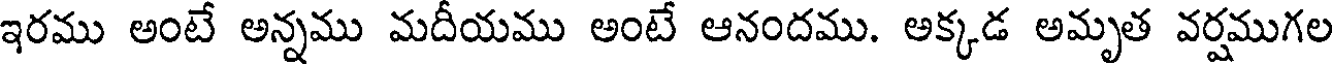
ఇరము అంటే అన్నము మదీయము అంటే ఆనందము. అక్కడ అమృత వర్షముగల